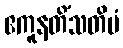
ဧကူနတိံသတိမံ